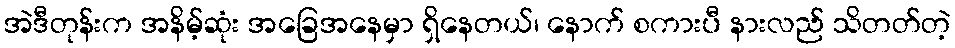
အဲဒီတုန်းက အနိမ့်ဆုံး အခြေအနေမှာ ရှိနေတယ်၊ နောက် စကားပီ နားလည် သိတတ်တဲ့